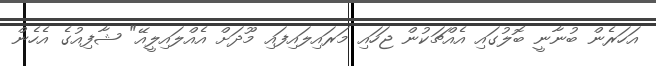
އަހަރެން ބުނާނީ ބޮލުގައި އެއްޗަކުން ޖަހައި މަރައިލައިފައި މޫދަށް އެއްލައިލީއޭ" ޝާފިއުގެ އެހެން